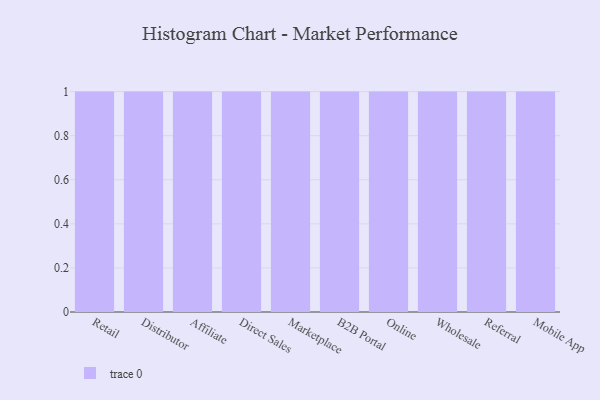
{"axis": {"x": "Channel", "y": "Demand Index"}, "legend": [""], "data": [{"x": "Retail", "y": 76, "type": ""}, {"x": "Distributor", "y": 93, "type": ""}, {"x": "Affiliate", "y": 57, "type": ""}, {"x": "Direct Sales", "y": 42, "type": ""}, {"x": "Marketplace", "y": 38, "type": ""}, {"x": "B2B Portal", "y": 52, "type": ""}, {"x": "Online", "y": 55, "type": ""}, {"x": "Wholesale", "y": 82, "type": ""}, {"x": "Referral", "y": 90, "type": ""}, {"x": "Mobile App", "y": 61, "type": ""}]}